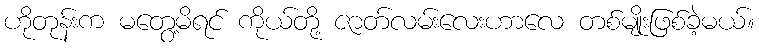
ဟိုတုန်းက မတွေ့မိရင် ကိုယ်တို့ ဇာတ်လမ်းလေးဟာလေ တစ်မျိုးဖြစ်ခဲ့မယ်။